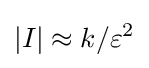
|I|\approx k/\varepsilon ^{2}